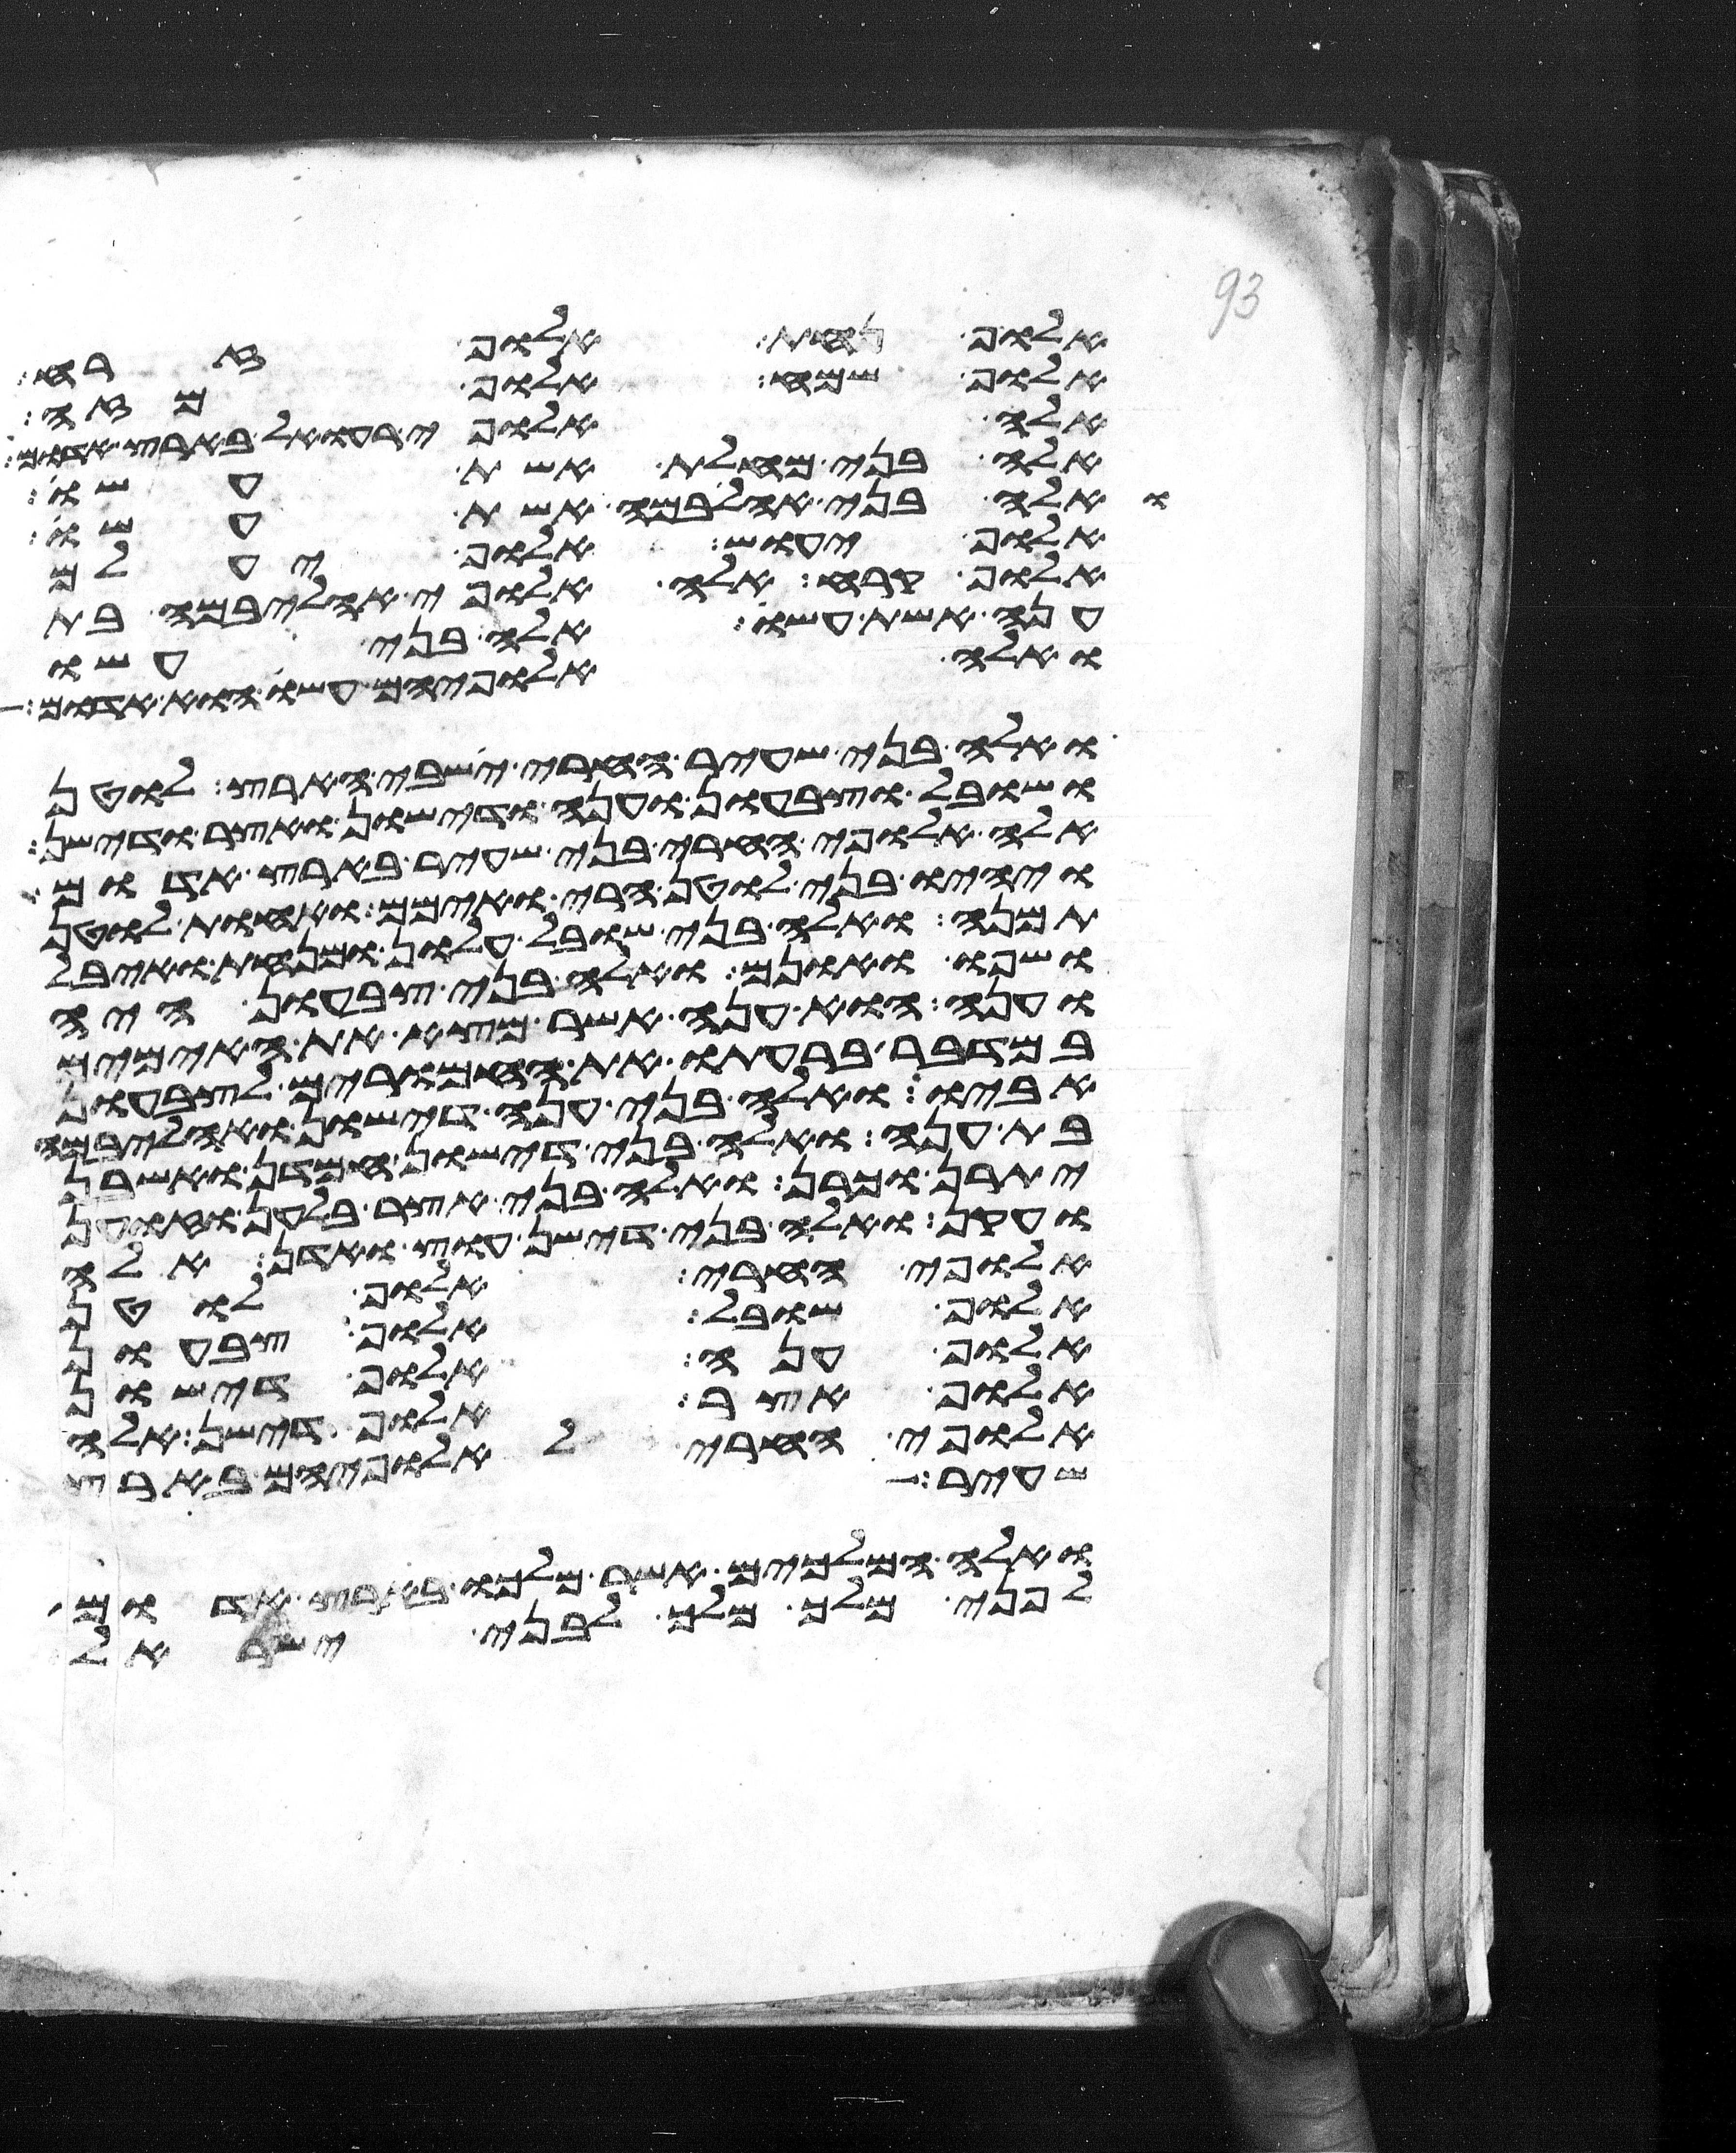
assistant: אלוף נחת אלוף זרח
אלוף שמח אלוף מזה
אלה אלופי רעואל בארץ אדום
אלה בני מחלת אשת עשו
ואלה בני אהליבמה אשת עשו
אלוף יעוש אלוף יעלם
אלוף קרח אלה אלופי אהליבמה בת
ענה אשת עשו אלה בני עשו
ואלה אלופיהם עשו הוא אדום
ואלה בני שעיר החרי ישבי הארץ לוטן
ושובל וצבעון וענה ודישון ואצר ודישן
אלה אלופי החרי בני שעיר בארץ אדום
ויהיו בני לוטן חרי ואימם ואחות לוטן
תמנע ואלה בני שובל עלון ומנחת ועיבל
שפו ואונם ואלה בני צבעון איה
וענה הוא ענה אשר מצא את האימים
במדבר ברעתו את החמרים לצבעון
אביו ואלה בני ענה דישון ואהליבמה
בת ענה ואלה בני דישון חמדן ואשבן
יתרן וכרן ואלה בני אצר בלהן וזוען
ועקן ואלה בני דישן עוץ ואדן אלה
אלופי החרי אלוף לוטן
אלוף שובל אלוף צבעון
אלוף ענה אלוף דישון
אלוף אצר אלוף דישן אלה
אלופי החרי לאלופיהם בארץ
שעיר
ואלה המלכים אשר מלכו בארץ אדום
לפני מלך מלך לבני ישראל